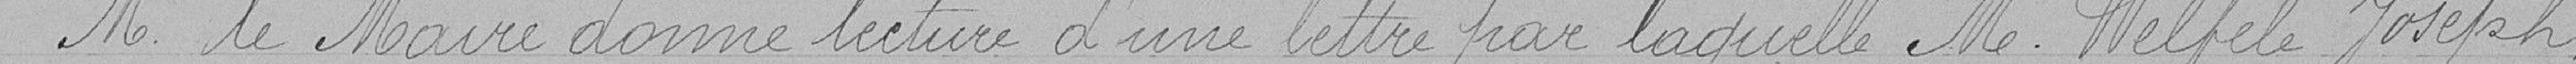
M. le Maire donne lecture d'une lettre par laquelle M. Welfelé Joseph,